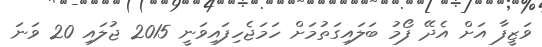
ވަޒީފާ އަށް އެދޭ ފޯމު ބަލައިގަތުމަށް ހަމަޖެހިފައިވަނީ 2015 ޖުލައި 20 ވަނަ